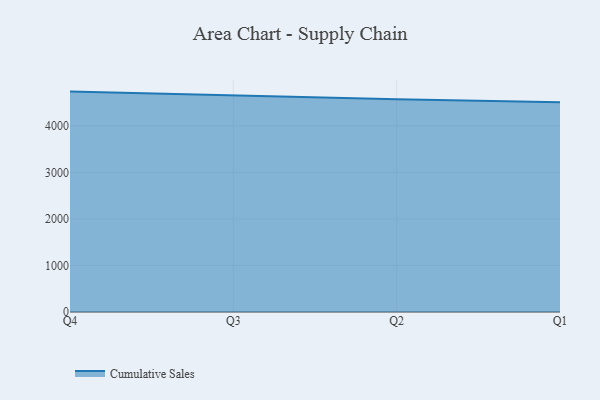
{"axis": {"x": "Quarter", "y": "Population (Million)"}, "legend": ["Cumulative Sales"], "data": [{"x": "Q4", "y": 4735.0, "type": "Cumulative Sales"}, {"x": "Q3", "y": 4650.5, "type": "Cumulative Sales"}, {"x": "Q2", "y": 4568.2, "type": "Cumulative Sales"}, {"x": "Q1", "y": 4503.9, "type": "Cumulative Sales"}]}